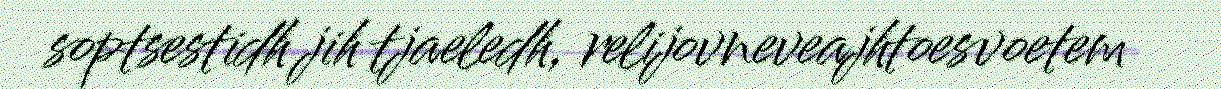
soptsestidh jih tjaeledh, relijovneveajhtoesvoetem